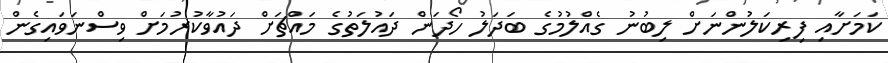
ކަމަށާއި ފިރިކަލުންނަށް ލިބުނު ގެއްލުމުގެ ބަދަލު ހޯދަން ދައުލަތުގެ މައްޗަށް ދައުވާކުރުމަށް ވިސްނަވައިގެން